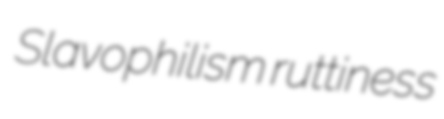
Slavophilism ruttiness